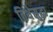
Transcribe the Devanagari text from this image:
तिथेसुद्धा